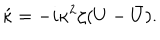
\acute { \kappa } = - i \kappa ^ { 2 } \zeta ( U - \bar { U } ) .